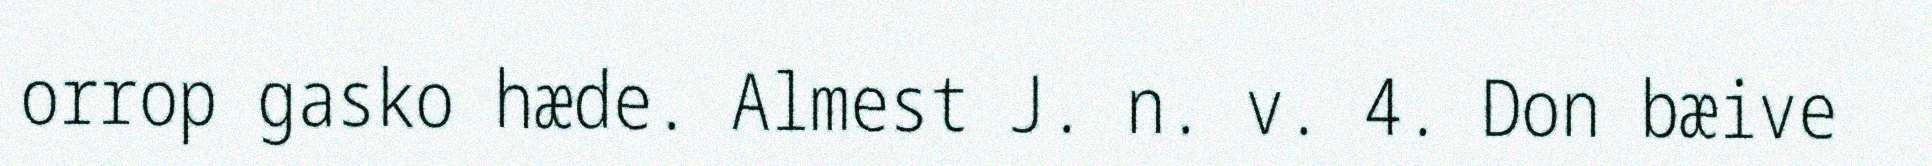
orrop gasko hæde. Almest J. n. v. 4. Don bæive